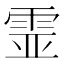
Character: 𩂳